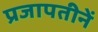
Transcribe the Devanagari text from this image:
प्रजापतीनें